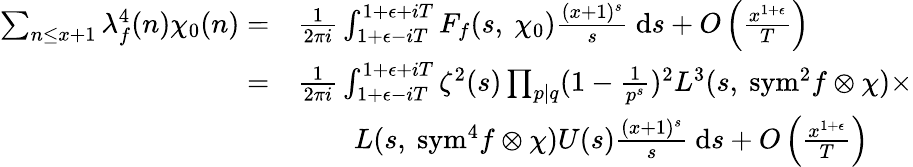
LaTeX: \begin{array}{rl}{\sum_{n\leq x+1}\lambda_{f}^{4}(n)\chi_{0}(n)=}&{\frac{1}{2\pi i}\int_{1+\epsilon-iT}^{1+\epsilon+iT}F_{f}(s,\ \chi_{0})\frac{(x+1)^{s}}{s}\ \mathrm{d}s+O\left(\frac{x^{1+\epsilon}}{T}\right)}\\ {=}&{\frac{1}{2\pi i}\int_{1+\epsilon-iT}^{1+\epsilon+iT}\zeta^{2}(s)\prod_{p\mid q}(1-\frac{1}{p^{s}})^{2}L^{3}(s,\ {\mathrm{sym}}^{2}f\otimes\chi)\times}\\ &{\qquad L(s,\ \mathrm{{sym}}^{4}f\otimes\chi)U(s)\frac{(x+1)^{s}}{s}\ \mathrm{d}s+O\left(\frac{x^{1+\epsilon}}{T}\right)}\end{array}